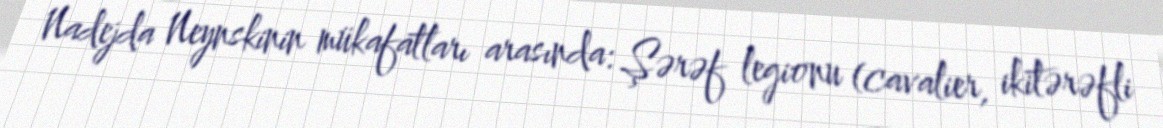
Nadejda Neynskinin mükafatları arasında: Şərəf legionu (cavalier, ikitərəfli